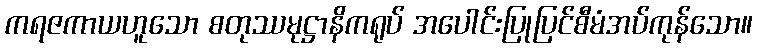
ကရဇကာယဟူသော စတုဿမုဋ္ဌာနိကရုပ် အပေါင်းပြုပြင်စီမံအပ်ကုန်သော။